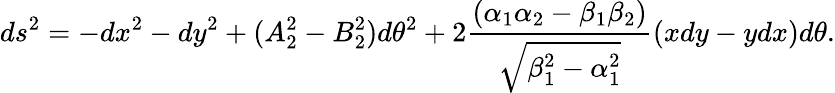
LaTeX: ds^{2}=-dx^{2}-dy^{2}+(A_{2}^{2}-B_{2}^{2})d\theta^{2}+2{\frac{(\alpha_{1}\alpha_{2}-\beta_{1}\beta_{2})}{\sqrt{\beta_{1}^{2}-\alpha_{1}^{2}}}}(xdy-ydx)d\theta.